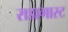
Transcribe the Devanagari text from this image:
राडागास्ट